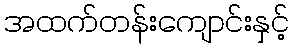
အထက်တန်းကျောင်းနှင့်